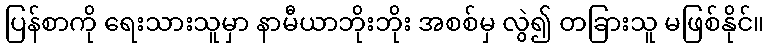
ပြန်စာကို ရေးသားသူမှာ နာမီယာဘိုးဘိုး အစစ်မှ လွဲ၍ တခြားသူ မဖြစ်နိုင်။